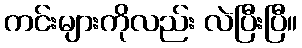
ကင်းများကိုလည်း လဲပြီးပြီ။